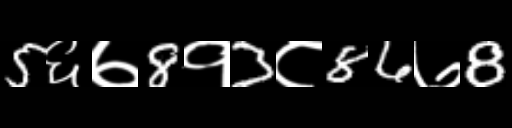
Text: 5६७8१3८86७8